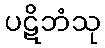
ပဋိဘံသု